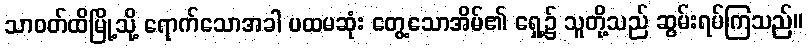
သာဝတ်ထိမြို့သို့ ရောက်သောအခါ ပထမဆုံး တွေ့သောအိမ်၏ ရှေ့၌ သူတို့သည် ဆွမ်းရပ်ကြသည်။